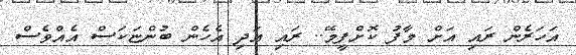
އަހަރެން ރައި އަށް މާފު ކޮށްފީމޭ.. ރައި އަދި އެހެން ބުންޏަކަސް އެއްވެސް